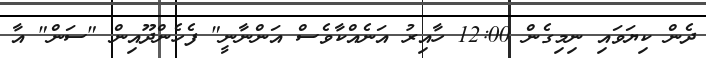
ދެން ކިޔަވައި ނިމިގެން 12:00 ހާއިރު އަނެއްކާވެސް އަންނާނީ" ފެހެންދޫއިން "ސަން" އާ